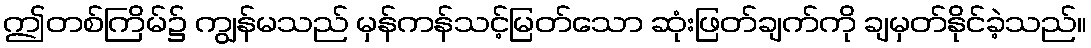
ဤတစ်ကြိမ်၌ ကျွန်မသည် မှန်ကန်သင့်မြတ်သော ဆုံးဖြတ်ချက်ကို ချမှတ်နိုင်ခဲ့သည်။